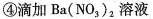
④滴加Ba(NO，)，溶液